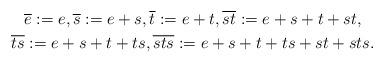
LaTeX: \begin{gather*}\overline{e}:=e,\overline{s}:=e+s,\overline{t}:=e+t, \overline{st}:=e+s+t+st,\\\overline{ts}:=e+s+t+ts,\overline{sts}:=e+s+t+ts+st+sts.\end{gather*}